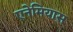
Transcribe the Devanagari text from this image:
एनेमियास